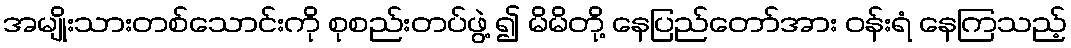
အမျိုးသားတစ်သောင်းကို စုစည်းတပ်ဖွဲ့ ၍ မိမိတို့ နေပြည်တော်အား ဝန်းရံ နေကြသည့်